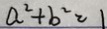
a ^ { 2 } + b ^ { 2 } = 1